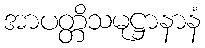
အာပတ္တိသမုဋ္ဌာနာနံ